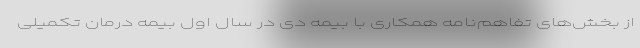
از بخش‌های تفاهم‌نامه همکاری با بیمه دی در سال اول بیمه درمان تکمیلی